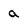
Character: a